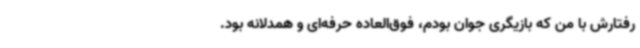
رفتارش با من که بازیگری جوان بودم، فوق‌العاده حرفه‌ای و همدلانه بود.